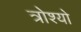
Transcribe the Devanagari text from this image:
त्रोश्यो